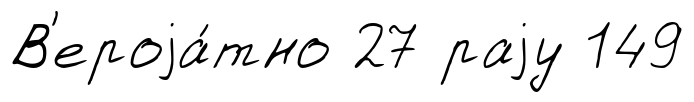
В'ероjа́тно 27 раjу 149